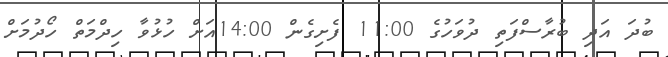
ބުދަ އަދި ބުރާސްފަތި ދުވަހުގެ 11:00 ފެށިގެން 14:00އަށް ހުޅުވާ ހިދްމަތް ހޯދުމަށް